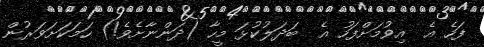
ފަހެ އެ  އިވުމަށްފަހު އެ  ބަދަލުކުޅަ މީހާ (ދަންނާށެވެ!) ހަމަކަށަވަރުން